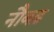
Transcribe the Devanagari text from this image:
नौबढ़